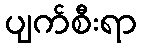
ပျက်စီးရာ